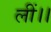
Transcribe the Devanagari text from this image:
लीं।।